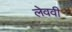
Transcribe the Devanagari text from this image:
लेववी